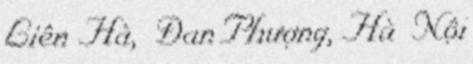
Liên Hà, Đan Phượng, Hà Nội